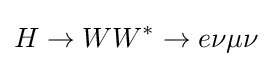
H\rightarrow WW^{*}\rightarrow e\nu \mu \nu